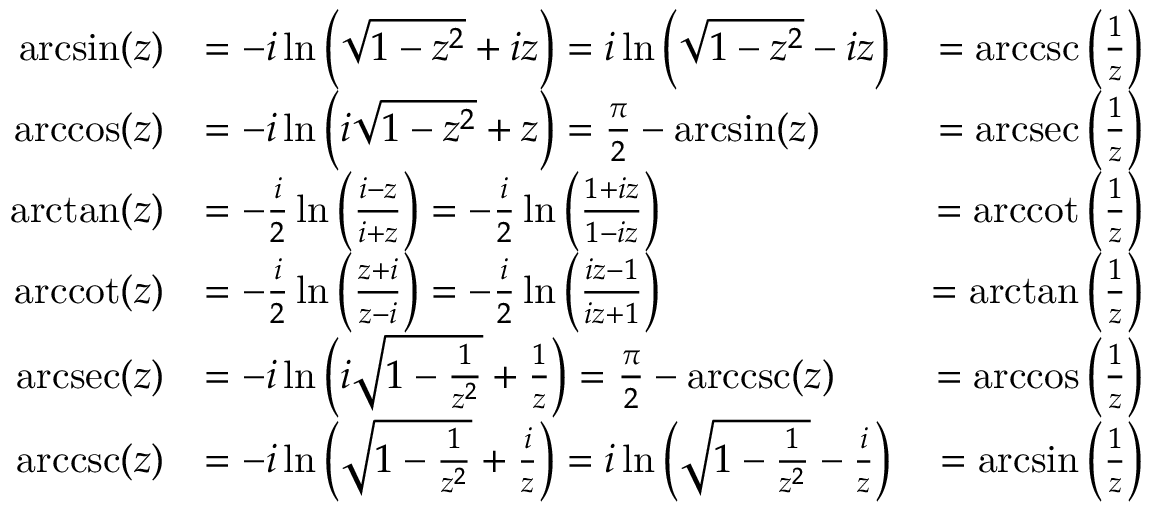
{ \begin{array} { r l r } { \arcsin ( z ) } & { = - i \ln \left( { \sqrt { 1 - z ^ { 2 } } } + i z \right) = i \ln \left( { \sqrt { 1 - z ^ { 2 } } } - i z \right) } & { = \operatorname { a r c c s c } \left( { \frac { 1 } { z } } \right) } \\ { \operatorname { a r c c o s } ( z ) } & { = - i \ln \left( i { \sqrt { 1 - z ^ { 2 } } } + z \right) = { \frac { \pi } { 2 } } - \arcsin ( z ) } & { = \operatorname { a r c s e c } \left( { \frac { 1 } { z } } \right) } \\ { \arctan ( z ) } & { = - { \frac { i } { 2 } } \ln \left( { \frac { i - z } { i + z } } \right) = - { \frac { i } { 2 } } \ln \left( { \frac { 1 + i z } { 1 - i z } } \right) } & { = \operatorname { a r c c o t } \left( { \frac { 1 } { z } } \right) } \\ { \operatorname { a r c c o t } ( z ) } & { = - { \frac { i } { 2 } } \ln \left( { \frac { z + i } { z - i } } \right) = - { \frac { i } { 2 } } \ln \left( { \frac { i z - 1 } { i z + 1 } } \right) } & { = \arctan \left( { \frac { 1 } { z } } \right) } \\ { \operatorname { a r c s e c } ( z ) } & { = - i \ln \left( i { \sqrt { 1 - { \frac { 1 } { z ^ { 2 } } } } } + { \frac { 1 } { z } } \right) = { \frac { \pi } { 2 } } - \operatorname { a r c c s c } ( z ) } & { = \operatorname { a r c c o s } \left( { \frac { 1 } { z } } \right) } \\ { \operatorname { a r c c s c } ( z ) } & { = - i \ln \left( { \sqrt { 1 - { \frac { 1 } { z ^ { 2 } } } } } + { \frac { i } { z } } \right) = i \ln \left( { \sqrt { 1 - { \frac { 1 } { z ^ { 2 } } } } } - { \frac { i } { z } } \right) } & { = \arcsin \left( { \frac { 1 } { z } } \right) } \end{array} }